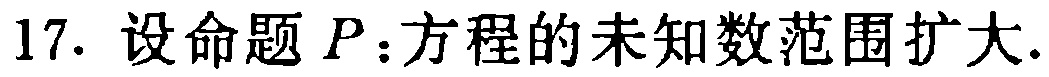
17. 设命题\(P\)：方程的未知数范围扩大.